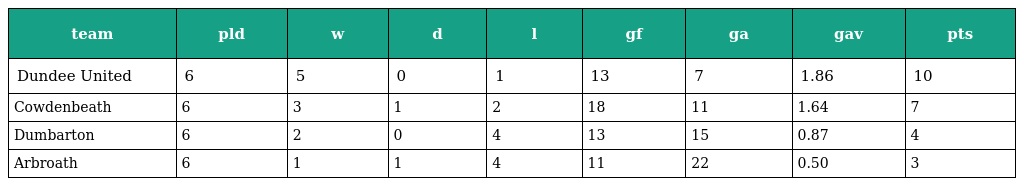
| team | pld | w | d | l | gf | ga | gav | pts |
 | --- | --- | --- | --- | --- | --- | --- | --- | --- |
 | Dundee United | 6 | 5 | 0 | 1 | 13 | 7 | 1.86 | 10 |
 | Cowdenbeath | 6 | 3 | 1 | 2 | 18 | 11 | 1.64 | 7 |
 | Dumbarton | 6 | 2 | 0 | 4 | 13 | 15 | 0.87 | 4 |
 | Arbroath | 6 | 1 | 1 | 4 | 11 | 22 | 0.50 | 3 |